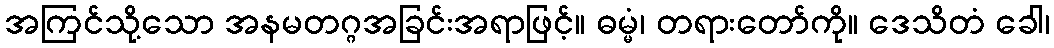
အကြင်သို့သော အနမတဂ္ဂအခြင်းအရာဖြင့်။ ဓမ္မံ၊ တရားတော်ကို။ ဒေသိတံ ခေါ၊